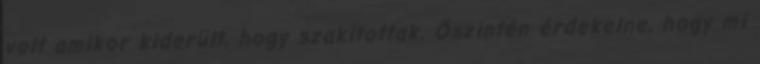
volt amikor kiderült, hogy szakítottak. Őszintén érdekelne, hogy mi